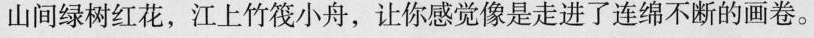
山间绿树红花，江上竹筏小舟，让你感觉像是走进了连绵不断的画卷。